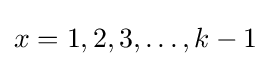
x=1,2,3,\ldots ,k-1